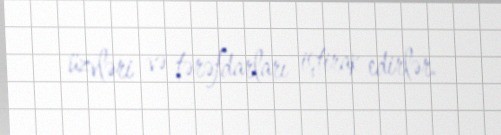
üzvləri və tərəfdarları iştirak edirlər.